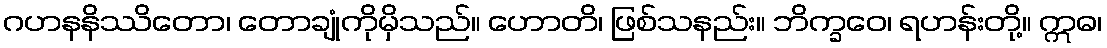
ဂဟနနိဿိတော၊ တောချုံကိုမှိသည်။ ဟောတိ၊ ဖြစ်သနည်း။ ဘိက္ခဝေ၊ ရဟန်းတို့။ ဣဓ၊